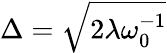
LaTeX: \Delta=\sqrt{2\lambda\omega_{0}^{-1}}